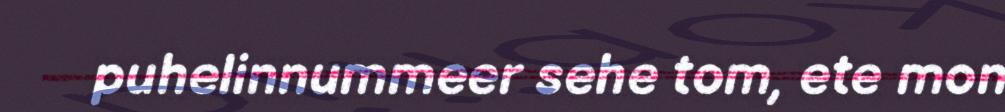
puhelinnummeer sehe tom, ete mon